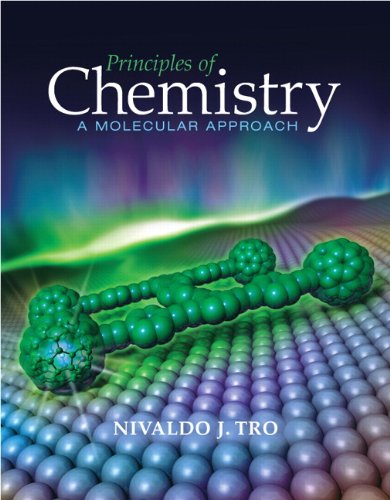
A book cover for Principles of Chemistry: A Molecular Approach; Nivaldo J. Tro; Science & Math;